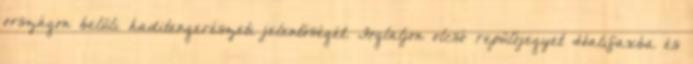
országon belüli haditengerészeti jelentőségét. Foglaljon olcsó repülőjegyet Halifaxba és